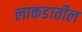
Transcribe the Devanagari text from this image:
लाकडातील